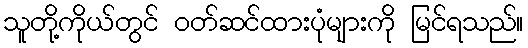
သူတို့ကိုယ်တွင် ဝတ်ဆင်ထားပုံများကို မြင်ရသည်။